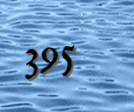
395